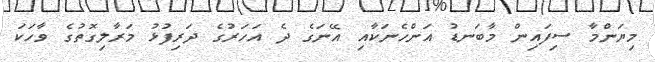
މިޔަންމާ ސިފައިން މާބަނޑު އަންހެނަކާއި އޭނަގެ ދެ އަހަރުގެ ދަރިފުޅު މަރާލިގޮތުގެ ވާހަކަ